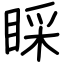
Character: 睬